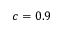
c = 0 . 9